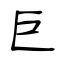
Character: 巨